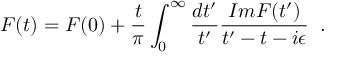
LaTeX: F ( t ) = F ( 0 ) + { \frac { t } { \pi } } \int _ { 0 } ^ { \infty } { \frac { d t ^ { \prime } } { t ^ { \prime } } } { \frac { I m F ( t ^ { \prime } ) } { t ^ { \prime } - t - i \epsilon } } \; \; .